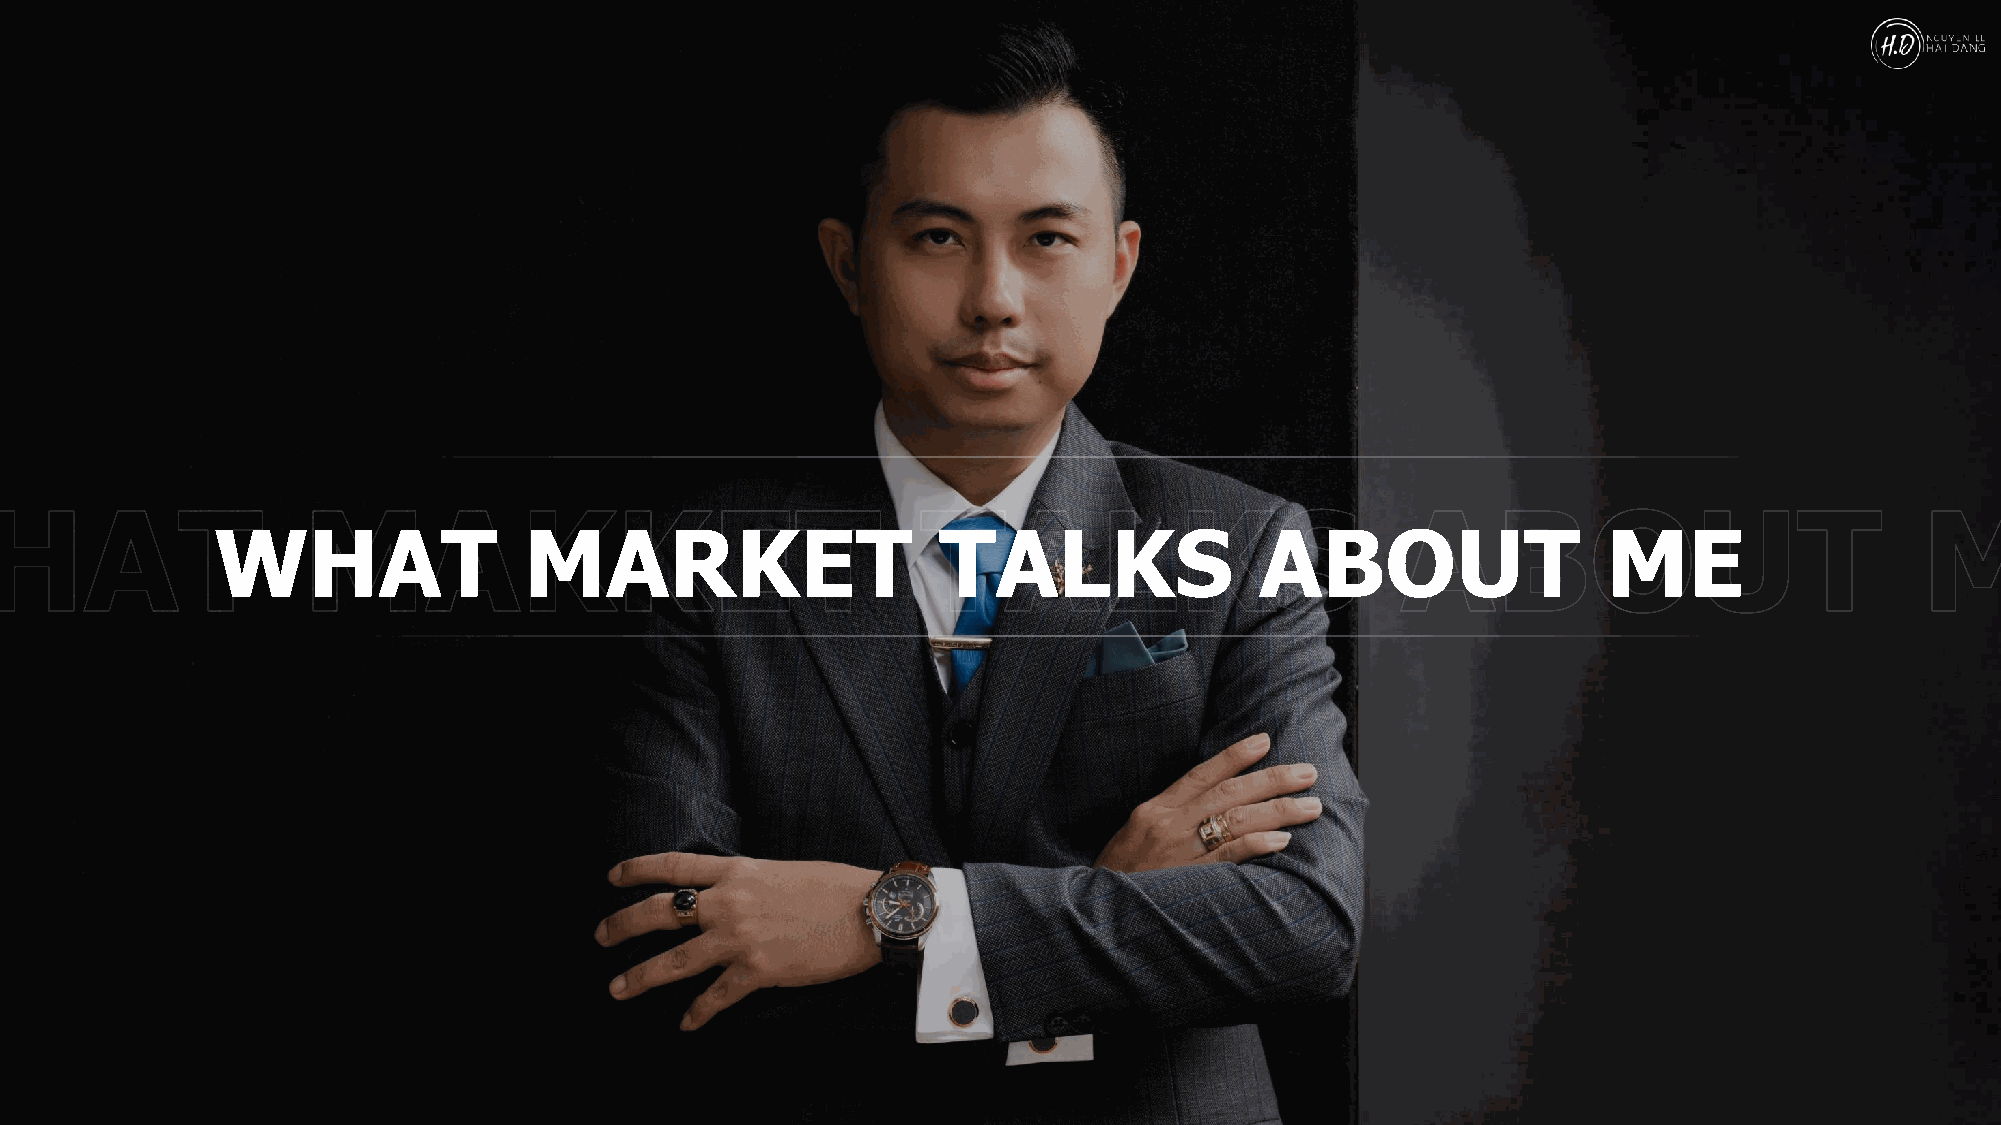
WHAT                 MARKET                     TALKS                ABOUT                  ME